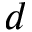
d